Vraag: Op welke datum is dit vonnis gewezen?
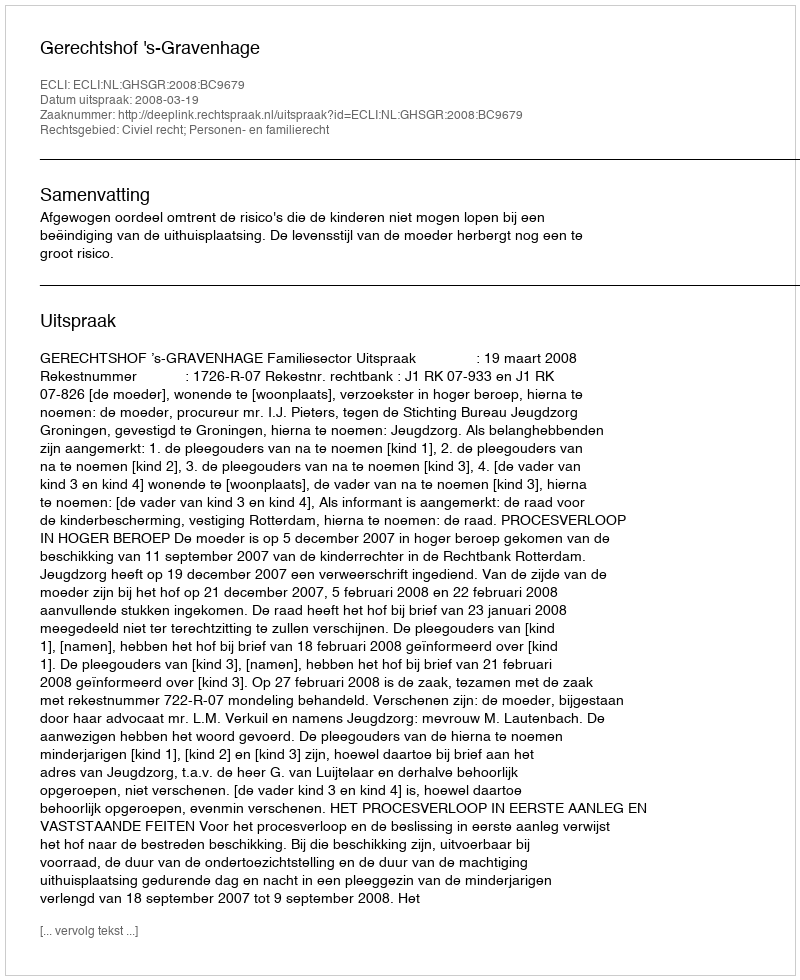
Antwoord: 2008-03-19